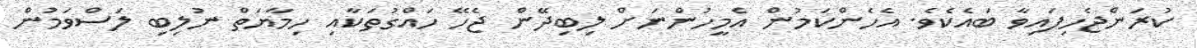
ކުރަންޖެހިފައިވާ ބައެކެވެ. އެހެންކަމުން އެމީހުންނަށް ލިބިދޭން ޖެހޭ ހައްގުތަކާއި ހިމާޔަތް ނުލިބި ލަސްވަމުން